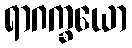
ရာဂက္ခယော